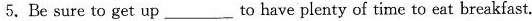
5. Be sure to get up ___ to have plenty of time to eat breakfast.